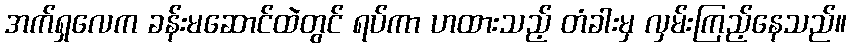
အက်ရှလေက ခန်းမဆောင်ထဲတွင် ရပ်ကာ ဟထားသည့် တံခါးမှ လှမ်းကြည့်နေသည်။